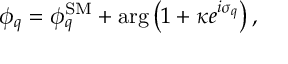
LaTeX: \phi _ { q } = \phi _ { q } ^ { \mathrm { S M } } + \arg \left( 1 + \kappa e ^ { i \sigma _ { q } } \right) ,